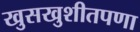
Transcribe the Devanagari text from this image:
खुसखुशीतपणा